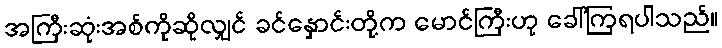
အကြီးဆုံးအစ်ကိုဆိုလျှင် ခင်နှောင်းတို့က မောင်ကြီးဟု ခေါ်ကြရပါသည်။